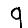
Digit: 9